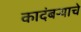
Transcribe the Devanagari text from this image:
कादंबऱ्याचे